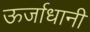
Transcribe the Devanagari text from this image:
ऊर्जाधानी